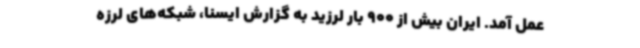
عمل آمد. ایران بیش از 900 بار لرزید به گزارش ایسنا، شبکه‌های لرزه